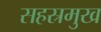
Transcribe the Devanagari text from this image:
सहस्रमुख